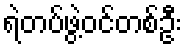
ရဲတပ်ဖွဲ့ဝင်တစ်ဦး